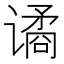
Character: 谲